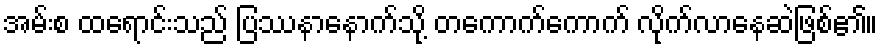
အမ်းစ ထရောင်းသည် ပြဿနာနောက်သို့ တကောက်ကောက် လိုက်လာနေဆဲဖြစ်၏။